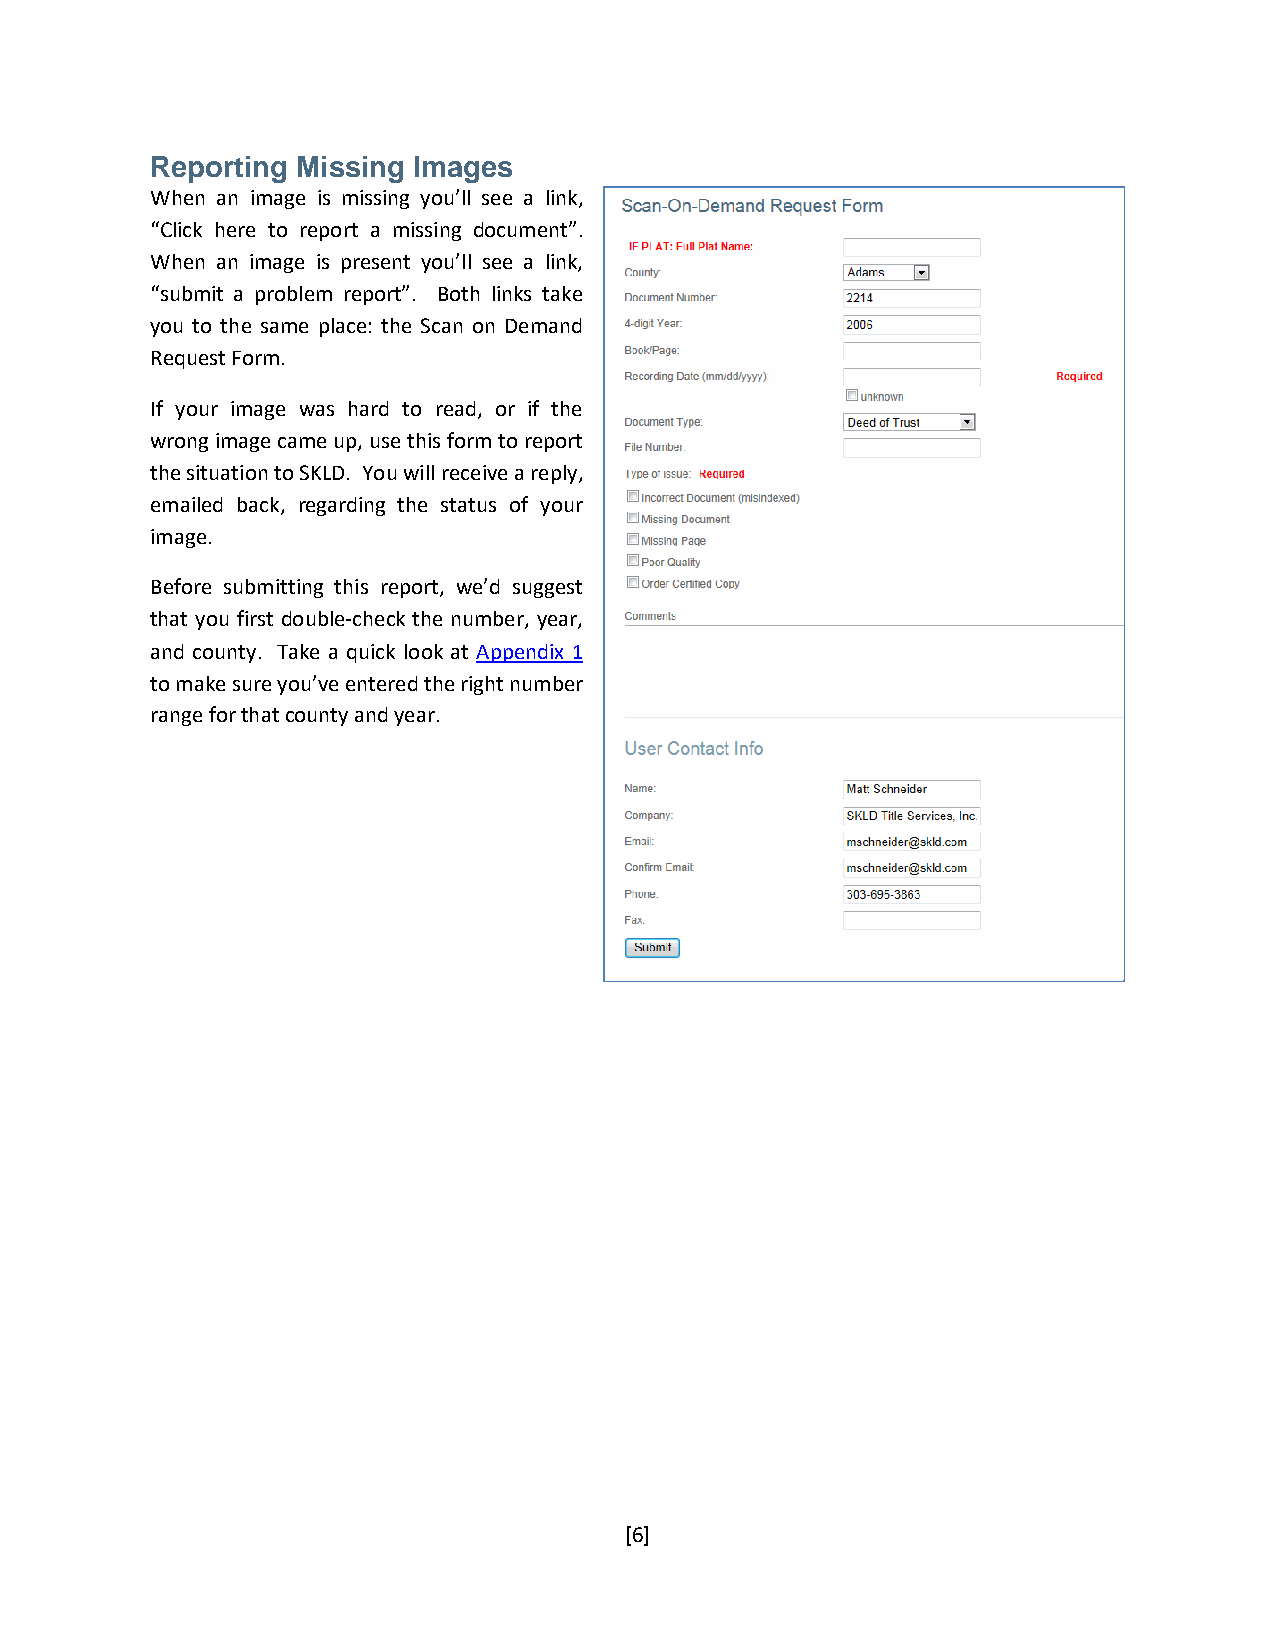
Reporting Missing Images
 When an image is missing you’ll see a link,
 “Click here to report a missing document”.
 When an image is present you’ll see a link,
 “submit a problem report”. Both links take
 you to the same place: the Scan on Demand
 Request Form.
 If your image was hard to read, or if the
 wrong image came up, use this form to report
 the situation to SKLD. You will receive a reply,
 emailed back, regarding the status of your
 image.
 Before submitting this report, we’d suggest
 that you first double-check the number, year,
 and county. Take a quick look at Appendix 1
 to make sure you’ve entered the right number
 range for that county and year.
 [6]